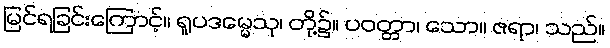
မြင်ရခြင်းကြောင့်။ ရူပဒမ္မေသု၊ တို့၌။ ပဝတ္တာ၊ သော။ ဇရာ၊ သည်။